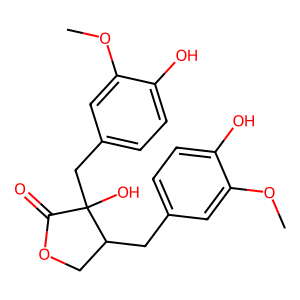
SMILES: COc1cc(CC2COC(=O)C2(O)Cc2ccc(O)c(OC)c2)ccc1O
Inhibits HIV replication: Yes